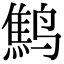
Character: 鹪